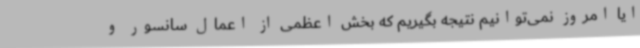
ایا امروز نمی‌توانیم‌ نتیجه بگیریم که بخش اعظمی از اعمال سانسور و